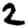
Digit: 2